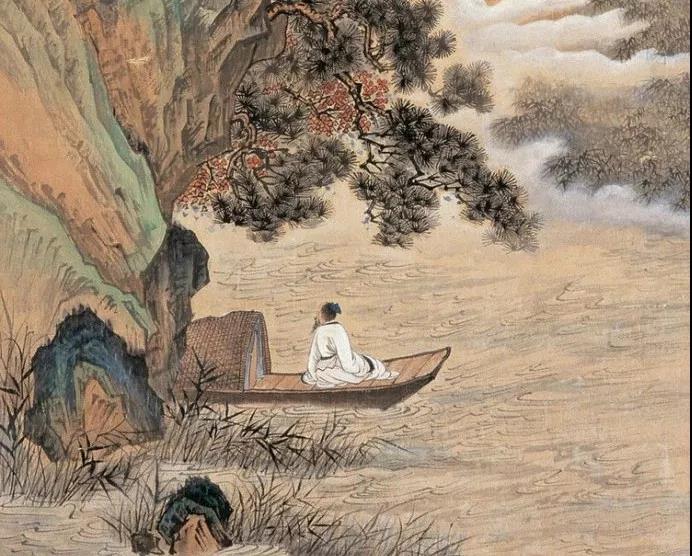
人随沙岸向江村，余亦乘舟归鹿门。